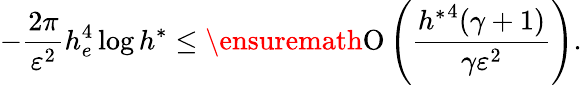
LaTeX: -\frac{2\pi}{\varepsilon^{2}}h_{e}^{4}\log{h^{\ast}}\leq\ensuremath{\operatorname{O}\left(\frac{{h^{\ast}}^{4}(\gamma+1)}{\gamma\varepsilon^{2}}\right)}.